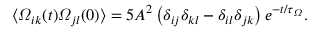
\langle \varOmega _ { i k } ( t ) \varOmega _ { j l } ( 0 ) \rangle = 5 A ^ { 2 } \left( \delta _ { i j } \delta _ { k l } - \delta _ { i l } \delta _ { j k } \right) e ^ { - t / \tau _ { \varOmega } } .